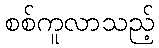
စစ်ကူလာသည့်